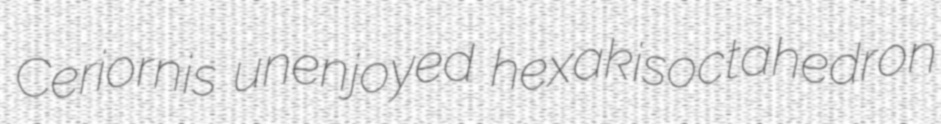
Ceriornis unenjoyed hexakisoctahedron